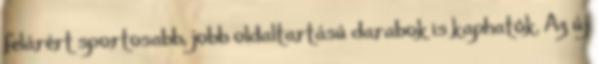
felárért sportosabb, jobb oldaltartású darabok is kaphatók. Az új